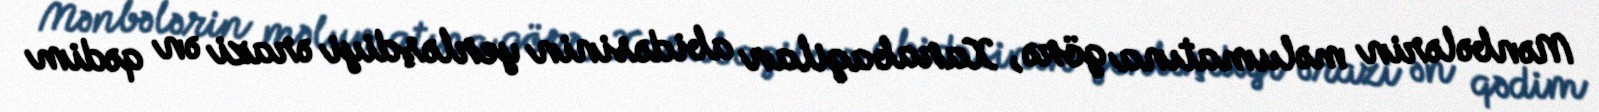
Mənbələrin məlumatına görə, Xarabagilan abidəsinin yerləşdiyi ərazi ən qədim